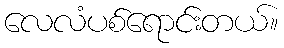
လေလံပစ်ရောင်းတယ်။